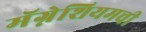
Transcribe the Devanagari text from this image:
मॅग्नेशियमची